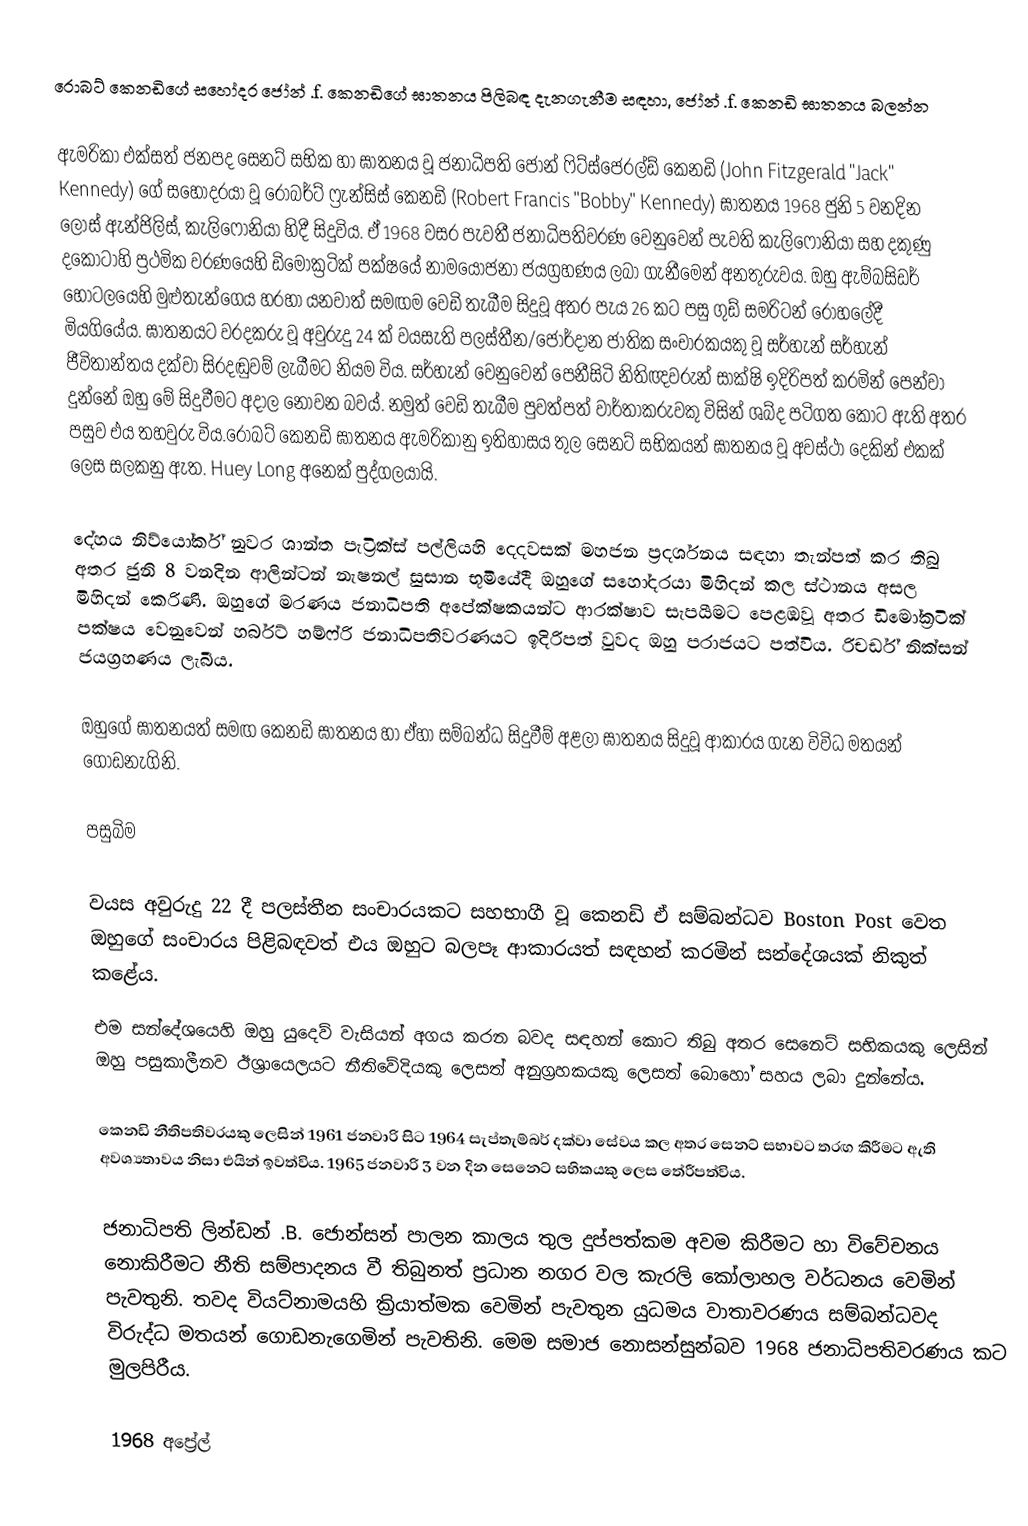
රොබට් කෙනඩිගේ සහෝදර ජෝන් .f. කෙනඩිගේ ඝාතනය පිලිබඳ දැනගැනීම සඳහා, ජෝන් .f. කෙනඩි ඝාතනය බලන්න

ඇමරිකා එක්සත් ජනපද සෙනට් සභික හා ඝාතනය වූ ජනාධිපති ජෝන් ෆිට්ස්ජෙරල්ඩ් කෙනඩි (John Fitzgerald "Jack" Kennedy) ගේ සහෝදරයා වූ රොබර්ට් ෆ්‍රැන්සිස් කෙනඩි (Robert Francis "Bobby" Kennedy) ඝාතනය 1968 ජුනි 5 වනදින ලොස් ඇන්ජිලිස්, කැලිෆෝනියා හිදී සිදුවිය. ඒ 1968 වසර පැවතී ජනාධිපතිවරණ වෙනුවෙන් පැවති කැලිෆොනියා සහ දකුණු දකොටාහි ප්‍රථමික වරණයෙහි ඩිමෝක්‍රටික් පක්ෂයේ නාමයෝජනා ජයග්‍රහණය ලබා ගැනීමෙන් අනතුරුවය. ඔහු ඇම්බසිඩර් හෝටලයෙහි මුළුතැන්ගෙය හරහා යනවාත් සමඟම වෙඩි තැබීම සිදුවූ අතර පැය 26 කට පසු ගුඩ් සමරිටන් රෝහලේදී මියගියේය. ඝාතනයට වරදකරු වූ අවුරුදු 24 ක් වයසැති පලස්තීන/ජෝර්දාන ජාතික සංචාරකයකු වූ සර්හැන් සර්හැන් ජීවිතාන්තය දක්වා සිරදඬුවම් ලැබීමට නියම විය. සර්හැන් වෙනුවෙන් පෙනීසිටි නිතිඥවරුන් සාක්ෂි ඉදිරිපත් කරමින් පෙන්වා දුන්නේ ඔහු මේ සිදුවීමට අදාල නොවන බවය්.  නමුත් වෙඩි තැබීම පුවත්පත් වාර්තාකරුවකු විසින් ශබ්ද පටිගත කොට ඇති අතර පසුව එය තහවුරු විය.රොබට් කෙනඩි ඝාතනය ඇමරිකානු ඉතිහාසය තුල සෙනට් සභිකයන් ඝාතනය වූ අවස්ථා දෙකින් එකක් ලෙස සලකනු ඇත. Huey Long අනෙක් පුද්ගලයායි.

දේහය නිව්යෝර්ක් නුවර ශාන්ත පැට්‍රික්ස් පල්ලියහි දෙදවසක් මහජන ප්‍රදර්ශනය සඳහා තැන්පත් කර තිබු අතර ජුනි 8 වනදින ආලින්ටන් නැෂනල් සුසාන භූමියේදී ඔහුගේ සහෝදරයා මිහිදන් කල ස්ථානය අසල මිහිදන් කෙරිණි. ඔහුගේ මරණය ජනාධිපති අපේක්ෂකයන්ට ආරක්ෂාව සැපයීමට පෙළඹවූ අතර ඩිමෝක්‍රටික් පක්ෂය වෙනුවෙන් හර්බට් හම්ෆ්රි ජනාධිපතිවරණයට ඉදිරිපත් වුවද ඔහු පරාජයට පත්විය. රිචර්ඩ් නික්සන් ජයග්‍රහණය ලැබීය.

ඔහුගේ ඝාතනයත් සමඟ කෙනඩි ඝාතනය හා ඒහා සම්බන්ධ සිදුවීම් අළලා ඝාතනය සිදුවූ ආකාරය ගැන විවිධ මතයන් ගොඩනැගිනි.

පසුබිම

වයස අවුරුදු 22 දී පලස්තීන සංචාරයකට සහභාගී වූ කෙනඩි ඒ සම්බන්ධව Boston Post වෙත ඔහුගේ සංචාරය පිළිබඳවත් එය ඔහුට බලපෑ ආකාරයත් සඳහන් කරමින් සන්දේශයක් නිකුත් කළේය.
එම සන්දේශයෙහි ඔහු යුදෙව් වැසියන් අගය කරන බවද සඳහන් කොට තිබු අතර සෙනෙට් සභිකයකු ලෙසින් ඔහු පසුකාලීනව ඊශ්‍රායෙලයට නීතිවේදියකු ලෙසත් අනුග්‍රහකයකු ලෙසත් බොහෝ සහය ලබා දුන්නේය.

කෙනඩි නීතිපතිවරයකු ලෙසින් 1961 ජනවාරි සිට 1964 සැප්තැම්බර් දක්වා සේවය කල අතර සෙනට් සභාවට තරඟ කිරීමට ඇති අවශ්‍යතාවය නිසා එයින් ඉවත්විය. 1965 ජනවාරි 3 වන දින සෙනෙට් සභිකයකු ලෙස තේරීපත්විය.

ජනාධිපති ලින්ඩන් .B. ජොන්සන් පාලන කාලය තුල දුප්පත්කම අවම කිරීමට හා විවේචනය නොකිරීමට නීති සම්පාදනය වී තිබුනත් ප්‍රධාන නගර වල කැරලි කෝලාහල වර්ධනය වෙමින් පැවතුනි. තවද වියට්නාමයහි ක්‍රියාත්මක වෙමින් පැවතුන යුධමය වාතාවරණය සම්බන්ධවද විරුද්ධ මතයන් ගොඩනැගෙමින් පැවතිනි. මෙම සමාජ නොසන්සුන්බව 1968 ජනාධිපතිවරණය කට මුලපිරීය.

1968 අප්‍රේල්